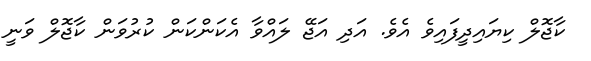
ކާޖޮލް ކިޔައިދީފައިވެ އެވެ. އަދި އަޖޭ ލައްވާ އެކަންކަން ކުރުވަން ކާޖޮލް ވަނީ